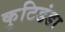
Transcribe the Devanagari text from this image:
कुटिडंडा